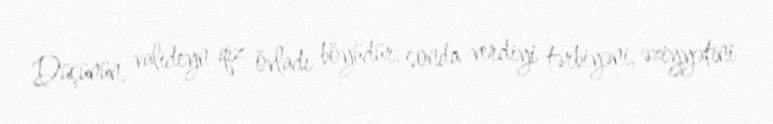
Düşünün, valideyn qız övladı böyüdür, sonda verdiyi tərbiyəni, əziyyətini